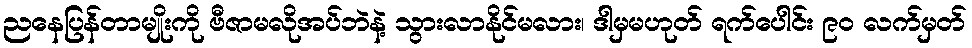
ညနေပြန်တာမျိုးကို ဗီဇာမလိုအပ်ဘဲနဲ့ သွားလာနိုင်မလား၊ ဒါမှမဟုတ် ရက်ပေါင်း ၉၀ လက်မှတ်